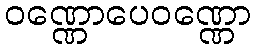
ဝဏ္ဏောပေဝဏ္ဏော